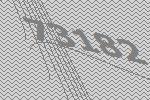
73182